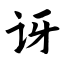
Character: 讶